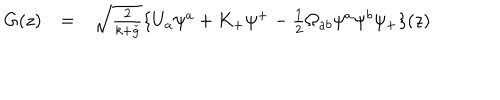
LaTeX: \begin{array} { l l l } { { G ( z ) } } & { { = } } & { { \sqrt { \frac { 2 } { k + \check { g } } } \{ U _ { a } \psi ^ { a } + K _ { + } \psi ^ { + } - \frac { 1 } { 2 } \Omega _ { a b } \psi ^ { a } \psi ^ { b } \psi _ { + } \} ( z ) } } \\ \end{array}